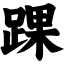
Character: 踝